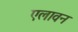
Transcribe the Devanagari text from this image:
एलावन